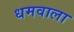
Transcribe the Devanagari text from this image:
धमवाला